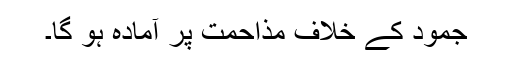
جمود کے خلاف مذاحمت پر آمادہ ہو گا۔